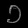
Digit: ၁